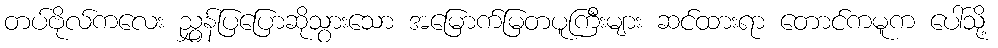
တပ်ဗိုလ်ကလေး ညွှန်ပြပြောဆိုသွားသော အမြောက်မြတပူကြီးများ ဆင်ထားရာ တောင်ကမူက ပေါ်သို့